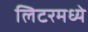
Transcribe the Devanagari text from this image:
लिटरमध्ये